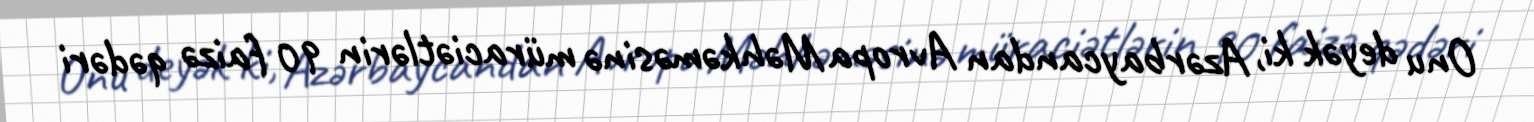
Onu deyək ki, Azərbaycandan Avropa Məhkəməsinə müraciətlərin 90 faizə qədəri